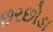
છરછોડા